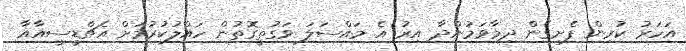
އަހަރު ކުރިން ފެށިގެން ދިމާވަމުންދާ އިރު އެ މައްސަލަ ވަގުތީގޮތުން ހައްލުކުރުމަށް އެޗްޑީސީއާއާ